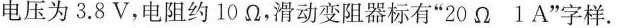
电压为3.8V，电阻约10Ω，滑动变阻器标有”20Ω1A”字样。